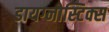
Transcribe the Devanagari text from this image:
डायग्‍नोस्टिक्‍स